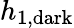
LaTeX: h_{1,\mathrm{dark}}